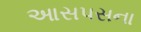
આસપસના